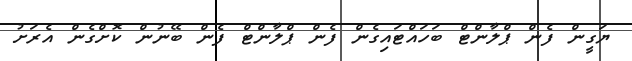
ޔަގީން ފެން ޕްލާންޓް ބަހައްޓައިގެން ފެން ޕްލާންޓް ފެން ބޭނުން ކޮށްގެން އެރަށު